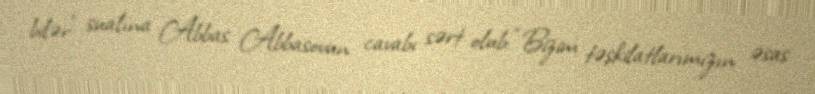
bilər” sualına Abbas Abbasovun cavabı sərt olub: “Bizim təşkilatlarımızın əsas